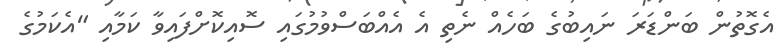
އެގޮތުން ބަންޑަރަ ނައިބުގެ ބަހެއް ނެތި އެ އެއްބަސްވުމުގައި ސޮއިކޮށްފައިވާ ކަމާއި "އެކަމުގެ